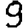
Digit: 9